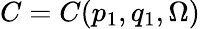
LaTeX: C=C(p_{1},q_{1},\Omega)